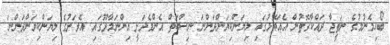
ބޯހިމެނުމުގެ ނަތީޖާ ދައްކާގޮތުން އެއަތޮޅުގައި ލިޔަންކިޔަންދަންނަ ނިސްބަތް އެންމެދަށީ އިންނަމާދޫގައި. އެރަށުގެ ލިޔަންކިޔަންދަންނަ